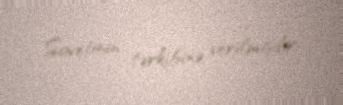
Sovetinin tərkibinə verilmişdir.